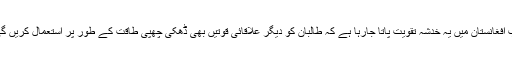
اب افغانستان میں یہ خدشہ تقویت پاتا جارہا ہے کہ طالبان کو دیگر علاقائی قوتیں بھی ڈھکی چھپی طاقت کے طور پر استعمال کریں گی۔